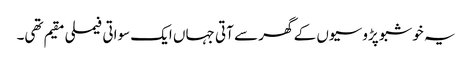
یہ خوشبو پڑوسیوں کے گھر سے آتی جہاں ایک سواتی فیملی مقیم تھی۔